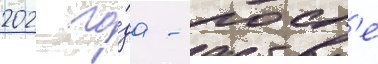
202 го́да - посл'е